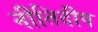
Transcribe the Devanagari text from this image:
नीतिदीप